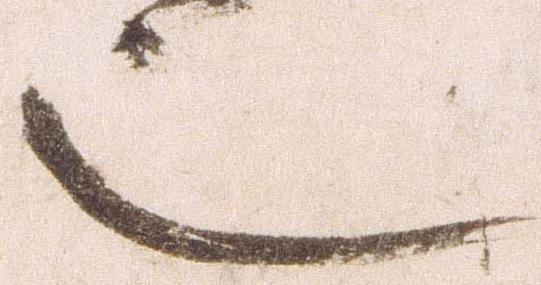
也